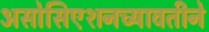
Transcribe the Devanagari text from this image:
असोसिएशनच्यावतीने